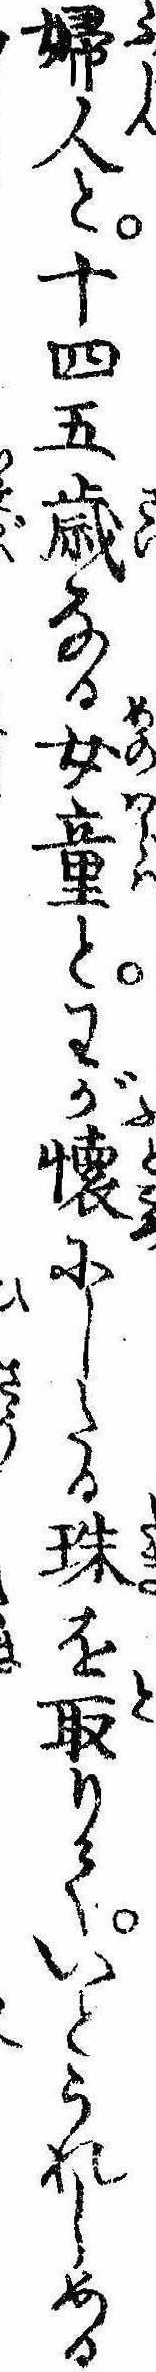
婦人と十四五歳なる女童とわが懐にしたる珠を取りていとうれしめる